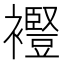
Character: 𧞫